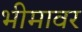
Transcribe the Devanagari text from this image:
भीमावर